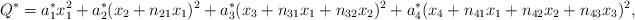
LaTeX: \begin{align*}Q^{*} = a_{1}^{*} x_{1}^{2} + a_{2}^{*} (x_{2} + n_{21} x_{1})^{2}+ a_{3}^{*} (x_{3} + n_{31} x_{1} + n_{32} x_{2})^{2} + a_{4}^{*} (x_{4} + n_{41} x_{1} + n_{42} x_{2} + n_{43} x_{3})^{2},\end{align*}